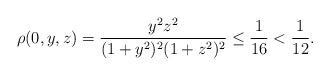
LaTeX: \begin{align*}\rho(0,y,z) &= \frac{y^2z^2}{(1+y^2)^2(1+z^2)^2}\le \frac{1}{16}< \frac{1}{12}.\end{align*}